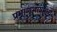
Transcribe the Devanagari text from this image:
प्रमाणभाषेमध्ये